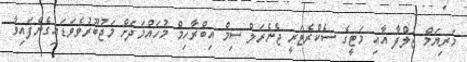
މަރިޔަމް ޒުލްފާ އާއި މަޓީގެ ސެކްރެޓަރީ ޖެނެރަލް ސިމް އިބްރާހިމް މުހައްމަދަށް މަޖުބޫރުވެވަޑައިގެންފައިވާ